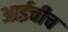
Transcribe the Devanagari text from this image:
आईचीच